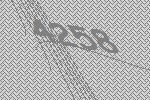
4258